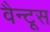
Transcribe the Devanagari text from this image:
वैन्टूस